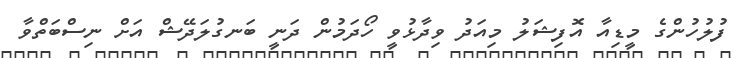
ފުލުހުންގެ މީޑިއާ އޮފިޝަލު މިއަދު ވިދާޅުވީ ހޯދަމުން ދަނީ ބަނގުލަދޭޝް އަށް ނިސްބަތްވާ